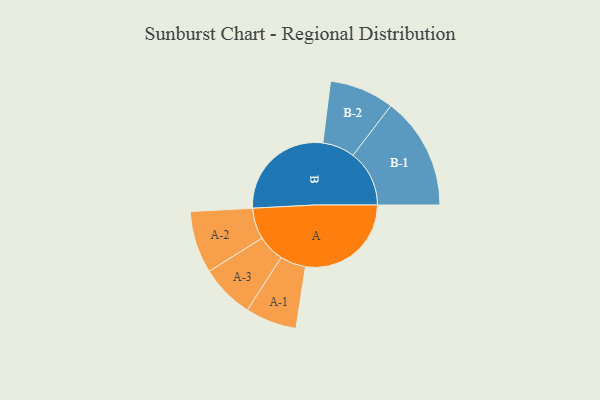
{"axis": {"x": "Segment", "y": "Value"}, "legend": ["", "A", "B"], "data": [{"x": "A", "y": 428, "type": ""}, {"x": "B", "y": 434, "type": ""}, {"x": "A-1", "y": 104, "type": "A"}, {"x": "A-2", "y": 126, "type": "A"}, {"x": "A-3", "y": 109, "type": "A"}, {"x": "B-1", "y": 228, "type": "B"}, {"x": "B-2", "y": 131, "type": "B"}]}